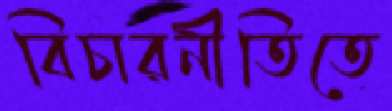
বিচারনীতিতে